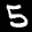
Label: 5